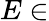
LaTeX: E\in